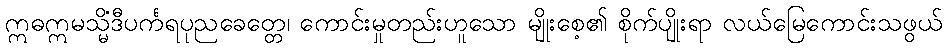
ဣဓဣမသ္မိံဒီပင်္ကရပုညခေတ္တေ၊ ကောင်းမှုတည်းဟူသော မျိုးစေ့၏ စိုက်ပျိုးရာ လယ်မြေကောင်းသဖွယ်